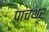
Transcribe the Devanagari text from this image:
पाचथर